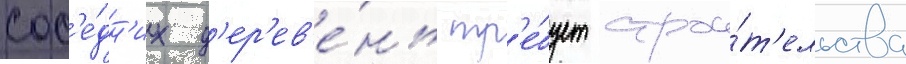
сос'е́дн'их д'ер'ев'е́нь тр'е́бует строи́т'ельства